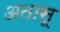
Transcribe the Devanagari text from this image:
अतासू